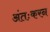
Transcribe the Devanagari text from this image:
अंतःकरन